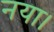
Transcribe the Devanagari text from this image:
नया।